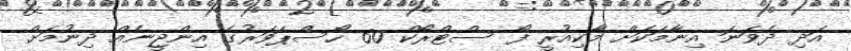
އަދި ދެވަނަ އިނާމަކަށް މާކިއުރީ ފޯ ސްޓްރޯކް 60 ހޯސްޕަވަރުގެ އިންޖީނެއް ދިނުމަށް